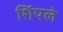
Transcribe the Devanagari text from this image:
शिंपले